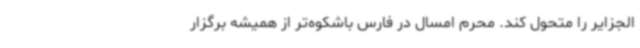
الجزایر را متحول کند. محرم امسال در فارس باشکوه‌تر از همیشه برگزار